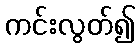
ကင်းလွတ်၍